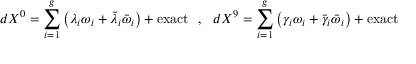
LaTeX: d X ^ { 0 } = \sum _ { i = 1 } ^ { g } \left( \lambda _ { i } \omega _ { i } + \bar { \lambda } _ { i } \bar { \omega } _ { i } \right) + \mathrm { e x a c t } ~ ~ , ~ ~ d X ^ { 9 } = \sum _ { i = 1 } ^ { g } \left( \gamma _ { i } \omega _ { i } + \bar { \gamma } _ { i } \bar { \omega } _ { i } \right) + \mathrm { e x a c t }